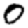
Digit: 0